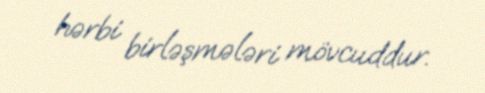
hərbi birləşmələri mövcuddur.